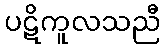
ပဋိကူလသညီ